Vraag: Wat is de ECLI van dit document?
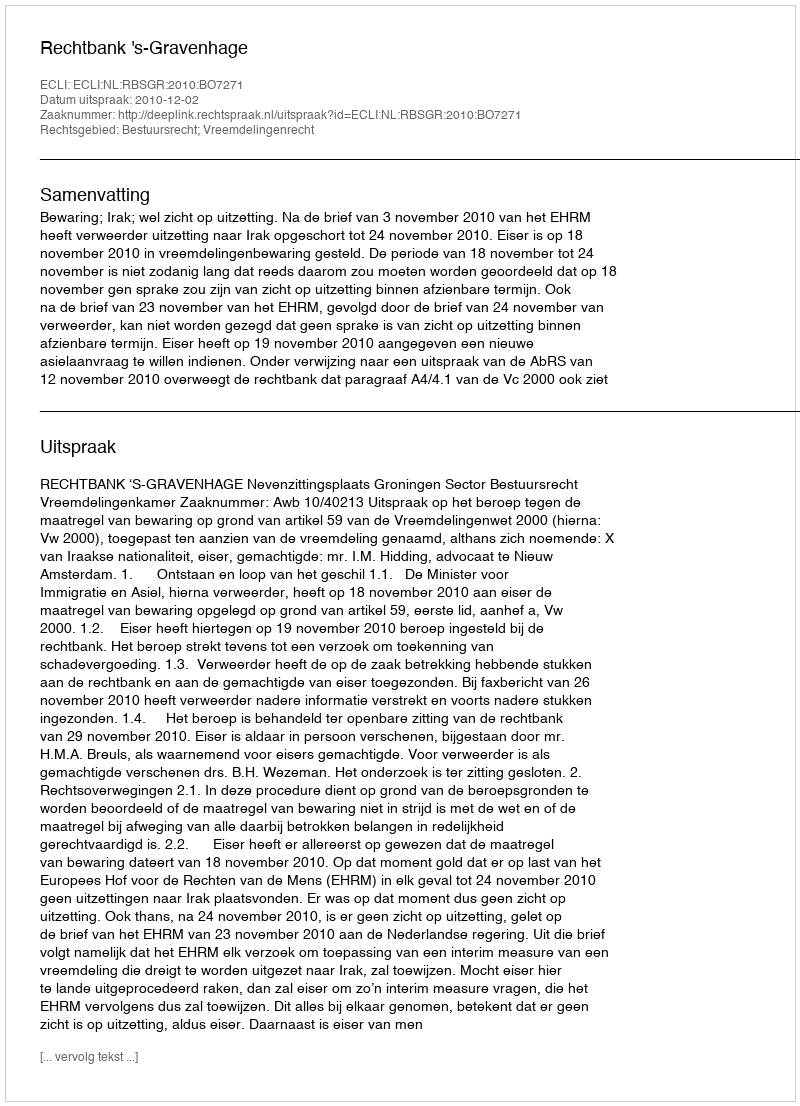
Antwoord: ECLI:NL:RBSGR:2010:BO7271